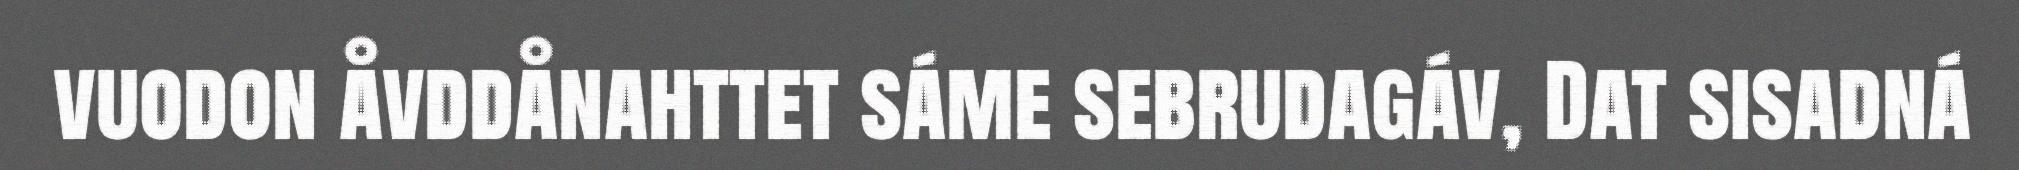
vuodon åvddånahttet sáme sebrudagáv, Dat sisadná